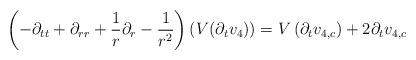
LaTeX: \begin{align*}\left(-\partial_{tt}+\partial_{rr}+\frac{1}{r} \partial_{r}-\frac{1}{r^{2}}\right)\left(V(\partial_{t}v_{4})\right) = V\left(\partial_{t}v_{4,c}\right) + 2 \partial_{t}v_{4,c}\end{align*}